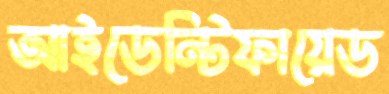
আইডেন্টিফায়েড